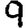
Digit: 9